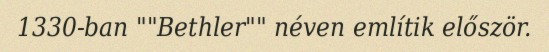
1330-ban ""Bethler"" néven említik először.